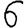
Digit: 6